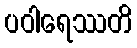
ပဝါရေဿတိ